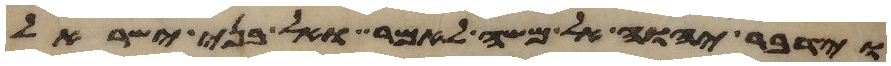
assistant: וידבר יהוה אל משה לאמר ואל בני ישראל